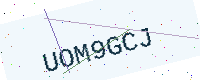
Text: UOM9GCJ